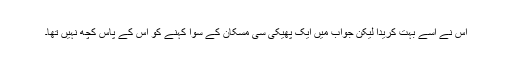
اس نے اسے بہت کریدا لیکن جواب میں ایک پھیکی سی مسکان کے سوا کہنے کو اس کے پاس کچھ نہیں تھا۔